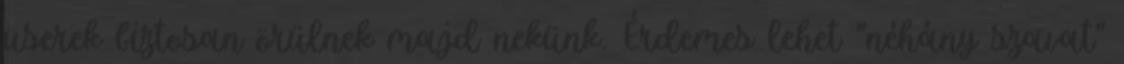
userek biztosan örülnek majd nekünk. Érdemes lehet "néhány szavat"